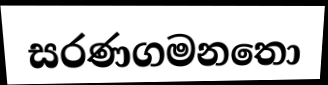
සරණගමනතො